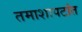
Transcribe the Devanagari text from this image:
तमाशापटांत